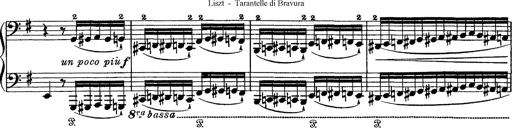
Title: Tarantelle di bravura dâ€™aprÃ¨s la tarantelle de La muette de Portici
Composer: Franz Liszt